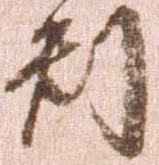
判